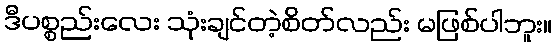
ဒီပစ္စည်းလေး သုံးချင်တဲ့စိတ်လည်း မဖြစ်ပါဘူး။